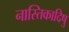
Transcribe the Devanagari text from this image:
नास्तिकादिषु